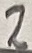
Text: 2